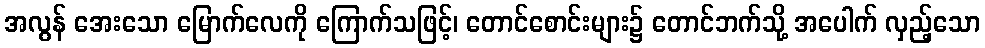
အလွန် အေးသော မြောက်လေကို ကြောက်သဖြင့်၊ တောင်စောင်းများ၌ တောင်ဘက်သို့ အပေါက် လှည့်သော